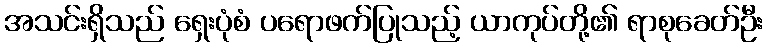
အသင်းရှိသည် ရှေးပုံစံ ပရောဖက်ပြုသည့် ယာကုပ်တို့၏ ရာစုခေတ်ဦး